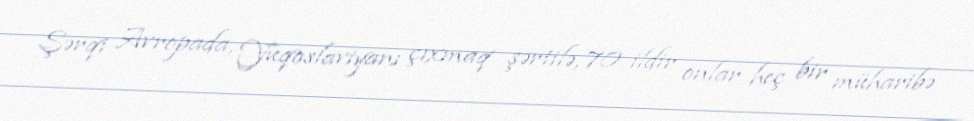
Şərqi Avropada, Yuqoslaviyanı çıxmaq şərtilə, 70 ildir onlar heç bir müharibə